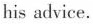
his advice.